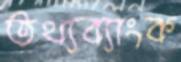
তথ্যব্যাংক